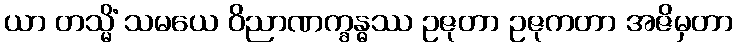
ယာ တသ္မိံ သမယေ ဝိညာဏက္ခန္ဓဿ ဥဇုတာ ဥဇုကတာ အဇိမှတာ